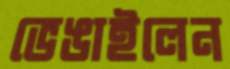
ভেঙাইলেন